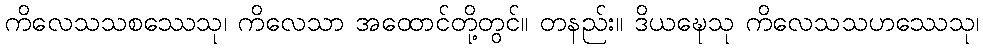
ကိလေသသစဿေသု၊ ကိလေသာ အထောင်တို့တွင်။ တနည်း။ ဒိယဍ္ဎေသု ကိလေသသဟဿေသု၊